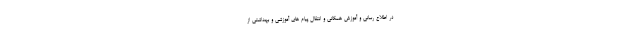
در اطلاع رسانی و آموزش همگانی و انتقال پیام های آموزشی و بهداشتی از